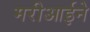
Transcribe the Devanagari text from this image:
मरीआईने